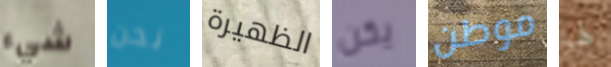
شيء نحن الظهيرة يكن موطن لها